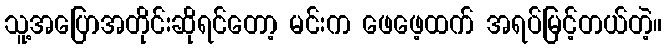
သူ့အပြောအတိုင်းဆိုရင်တော့ မင်းက ဖေဖေ့ထက် အရပ်မြင့်တယ်တဲ့။